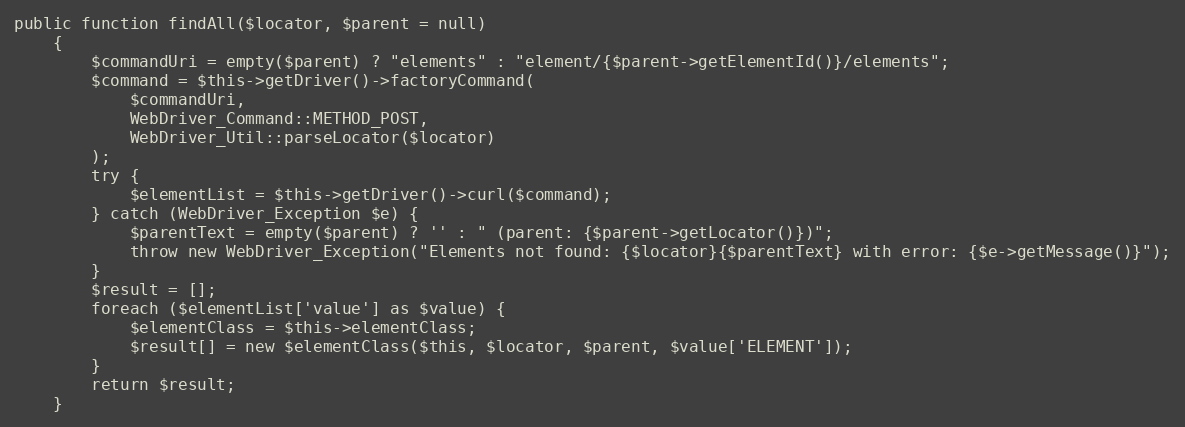
Language: PHP
public function findAll($locator, $parent = null)
    {
        $commandUri = empty($parent) ? "elements" : "element/{$parent->getElementId()}/elements";
        $command = $this->getDriver()->factoryCommand(
            $commandUri,
            WebDriver_Command::METHOD_POST,
            WebDriver_Util::parseLocator($locator)
        );
        try {
            $elementList = $this->getDriver()->curl($command);
        } catch (WebDriver_Exception $e) {
            $parentText = empty($parent) ? '' : " (parent: {$parent->getLocator()})";
            throw new WebDriver_Exception("Elements not found: {$locator}{$parentText} with error: {$e->getMessage()}");
        }
        $result = [];
        foreach ($elementList['value'] as $value) {
            $elementClass = $this->elementClass;
            $result[] = new $elementClass($this, $locator, $parent, $value['ELEMENT']);
        }
        return $result;
    }